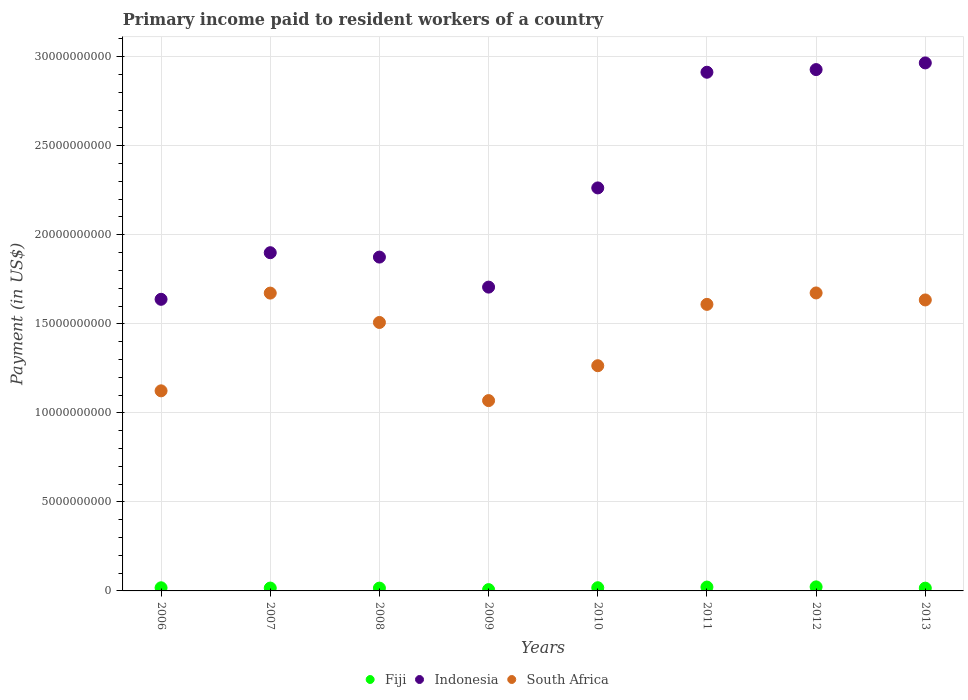
| Years | Fiji | Indonesia | South Africa |
 | --- | --- | --- | --- |
 | 2006 | 1.76e+08 | 1.64e+10 | 1.12e+10 |
 | 2007 | 1.61e+08 | 1.9e+10 | 1.67e+10 |
 | 2008 | 1.58e+08 | 1.87e+10 | 1.51e+10 |
 | 2009 | 7.33e+07 | 1.71e+10 | 1.07e+10 |
 | 2010 | 1.79e+08 | 2.26e+10 | 1.26e+10 |
 | 2011 | 2.17e+08 | 2.91e+10 | 1.61e+10 |
 | 2012 | 2.27e+08 | 2.93e+10 | 1.67e+10 |
 | 2013 | 1.56e+08 | 2.97e+10 | 1.63e+10 |